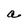
Character: a